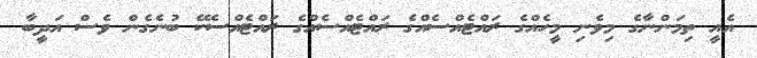
އެއީ ތިމަންނާގެ މިވެނި މީހެއްގެ ރައްޓެއްސެއްގެ ރައްޓެއްސެއްގެ ރައްޓެއްސެކޭ ބުނެގެން ވެސް އަދީބާ